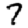
Digit: 7